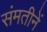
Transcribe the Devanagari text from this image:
संमतीनें